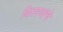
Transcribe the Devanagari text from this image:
किस्स्यांचे